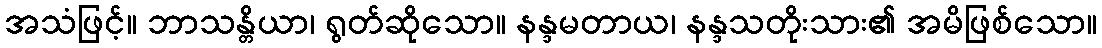
အသံဖြင့်။ ဘာသန္တိယာ၊ ရွတ်ဆိုသော။ နန္ဒမတာယ၊ နန္ဒသတိုးသား၏ အမိဖြစ်သော။